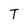
Character: T